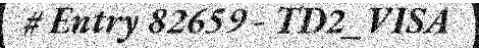
# Entry 82659 - TD2_VISA